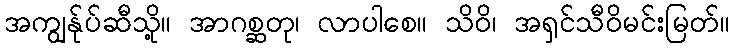
အကျွန်ုပ်ဆီသို့။ အာဂစ္ဆတု၊ လာပါစေ။ သိဝိ၊ အရှင်သီဝိမင်းမြတ်။